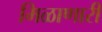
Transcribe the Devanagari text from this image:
मिळाणारी